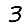
Digit: 3